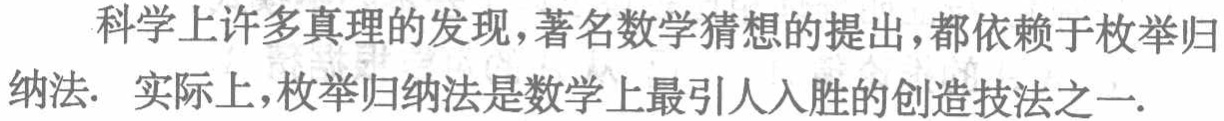
科学上许多真理的发现,著名数学猜想的提出,都依赖于枚举归纳法. 实际上,枚举归纳法是数学上最引人入胜的创造技法之一.